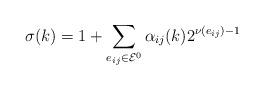
LaTeX: \begin{align*} \sigma(k) = 1 + \sum\limits_{e_{ij} \in \mathcal{E}^0} \alpha_{ij}(k) 2^{\nu\left(e_{ij}\right) - 1}\end{align*}